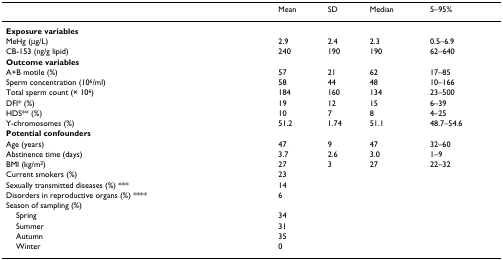
<table><thead><tr><td></td><td><b>Mean</b></td><td><b>SD</b></td><td><b>Median</b></td><td><b>5–95%</b></td></tr></thead><tbody><tr><td><b>Exposure variables</b></td><td></td><td></td><td></td><td></td></tr><tr><td>MeHg (μg/L)</td><td>2.9</td><td>2.4</td><td>2.3</td><td>0.5–6.9</td></tr><tr><td>CB-153 (ng/g lipid)</td><td>240</td><td>190</td><td>190</td><td>62–640</td></tr><tr><td><b>Outcome variables</b></td><td></td><td></td><td></td><td></td></tr><tr><td>A+B motile (%)</td><td>57</td><td>21</td><td>62</td><td>17–85</td></tr><tr><td>Sperm concentration (10<sup>6</sup>/ml)</td><td>58</td><td>44</td><td>48</td><td>10–166</td></tr><tr><td>Total sperm count (× 10<sup>6</sup>)</td><td>184</td><td>160</td><td>134</td><td>23–500</td></tr><tr><td>DFI* (%)</td><td>19</td><td>12</td><td>15</td><td>6–39</td></tr><tr><td>HDS** (%)</td><td>10</td><td>7</td><td>8</td><td>4–25</td></tr><tr><td>Y-chromosomes (%)</td><td>51.2</td><td>1.74</td><td>51.1</td><td>48.7–54.6</td></tr><tr><td><b>Potential confounders</b></td><td></td><td></td><td></td><td></td></tr><tr><td>Age (years)</td><td>47</td><td>9</td><td>47</td><td>32–60</td></tr><tr><td>Abstinence time (days)</td><td>3.7</td><td>2.6</td><td>3.0</td><td>1–9</td></tr><tr><td>BMI (kg/m<sup>2</sup>)</td><td>27</td><td>3</td><td>27</td><td>22–32</td></tr><tr><td>Current smokers (%)</td><td>23</td><td></td><td></td><td></td></tr><tr><td>Sexually transmitted diseases (%) ***</td><td>14</td><td></td><td></td><td></td></tr><tr><td>Disorders in reproductive organs (%) ****</td><td>6</td><td></td><td></td><td></td></tr><tr><td>Season of sampling (%)</td><td></td><td></td><td></td><td></td></tr><tr><td> Spring</td><td>34</td><td></td><td></td><td></td></tr><tr><td> Summer</td><td>31</td><td></td><td></td><td></td></tr><tr><td> Autumn</td><td>35</td><td></td><td></td><td></td></tr><tr><td> Winter</td><td>0</td><td></td><td></td><td></td></tr></tbody></table>